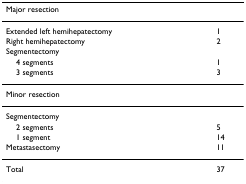
<table><thead><tr><td><b>Major resection</b></td><td></td></tr></thead><tbody><tr><td>Extended left hemihepatectomy</td><td>1</td></tr><tr><td>Right hemihepatectomy</td><td>2</td></tr><tr><td>Segmentectomy</td><td></td></tr><tr><td> 4 segments</td><td>1</td></tr><tr><td> 3 segments</td><td>3</td></tr><tr><td>Minor resection</td><td></td></tr><tr><td>Segmentectomy</td><td></td></tr><tr><td> 2 segments</td><td>5</td></tr><tr><td> 1 segment</td><td>14</td></tr><tr><td>Metastasectomy</td><td>11</td></tr><tr><td>Total</td><td>37</td></tr></tbody></table>